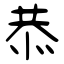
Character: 恭